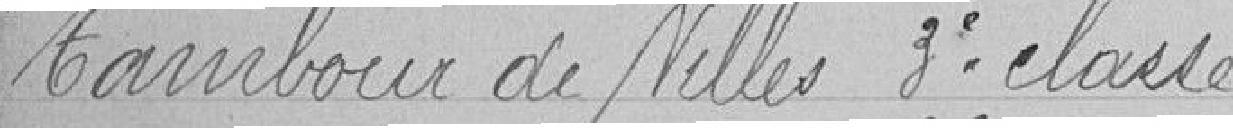
Tambour de Villes troisième classe